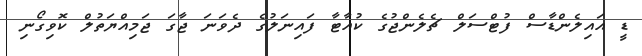
ޑީ އައިލެންޑާސް ފުޓްސަލް ޗެލެންޖުގެ ކުއާޓާ ފައިނަލުގެ ދެވަނަ ޖާގަ ޖަމިއްޔަތުލް ކޮވިގޯނި